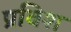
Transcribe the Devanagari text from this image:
प्रविश